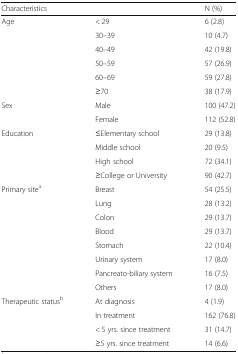
<table><thead><tr><td><b>Characteristics</b></td><td></td><td><b>N (%)</b></td></tr></thead><tbody><tr><td rowspan="6">Age</td><td>&lt; 29</td><td>6 (2.8)</td></tr><tr><td>30–39</td><td>10 (4.7)</td></tr><tr><td>40–49</td><td>42 (19.8)</td></tr><tr><td>50–59</td><td>57 (26.9)</td></tr><tr><td>60–69</td><td>59 (27.8)</td></tr><tr><td>≥70</td><td>38 (17.9)</td></tr><tr><td rowspan="2">Sex</td><td>Male</td><td>100 (47.2)</td></tr><tr><td>Female</td><td>112 (52.8)</td></tr><tr><td rowspan="4">Education</td><td>≤Elementary school</td><td>29 (13.8)</td></tr><tr><td>Middle school</td><td>20 (9.5)</td></tr><tr><td>High school</td><td>72 (34.1)</td></tr><tr><td>≥College or University</td><td>90 (42.7)</td></tr><tr><td rowspan="8">Primary site<sup>a</sup></td><td>Breast</td><td>54 (25.5)</td></tr><tr><td>Lung</td><td>28 (13.2)</td></tr><tr><td>Colon</td><td>29 (13.7)</td></tr><tr><td>Blood</td><td>29 (13.7)</td></tr><tr><td>Stomach</td><td>22 (10.4)</td></tr><tr><td>Urinary system</td><td>17 (8.0)</td></tr><tr><td>Pancreato-biliary system</td><td>16 (7.5)</td></tr><tr><td>Others</td><td>17 (8.0)</td></tr><tr><td rowspan="4">Therapeutic status<sup>b</sup></td><td>At diagnosis</td><td>4 (1.9)</td></tr><tr><td>In treatment</td><td>162 (76.8)</td></tr><tr><td>&lt; 5 yrs. since treatment</td><td>31 (14.7)</td></tr><tr><td>≥5 yrs. since treatment</td><td>14 (6.6)</td></tr></tbody></table>